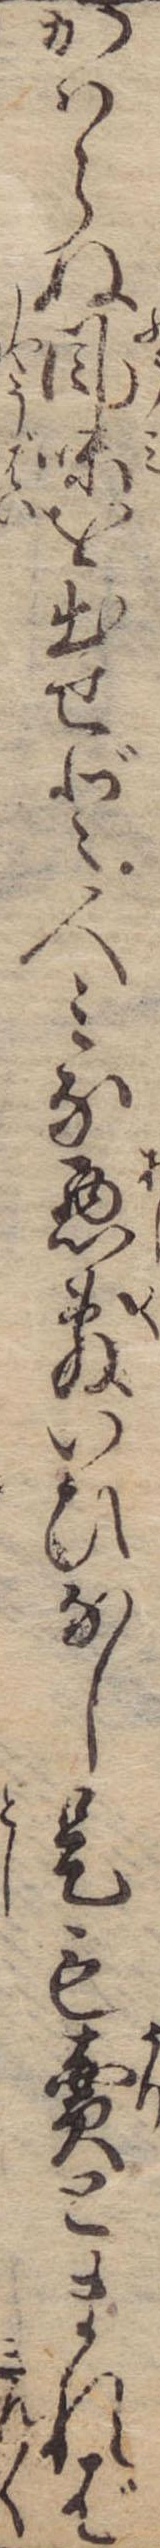
かはらぬ風味を出せど人みな悪敷いひなし是も売とまれば